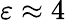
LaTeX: \varepsilon\approx 4